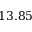
1 3 . 8 5